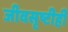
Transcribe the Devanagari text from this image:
जीवसृष्टीही